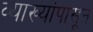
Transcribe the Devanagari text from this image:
व्याख्यांपासून